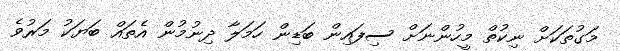
މަގުތަކަށް ނިކުތް މީހުންނަށް ސިފައިން ބަޑިން ހަމަލާ ދިނުމުން އެތައް ބަޔަކު މަރުވެ